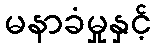
မနာခံမှုနှင့်